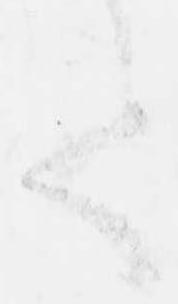
て